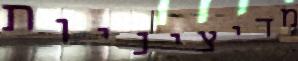
מדיציניות